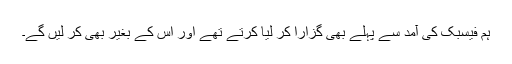
ہم فیسبک کی آمد سے پہلے بھی گزارا کر لیا کرتے تھے اور اس کے بغیر بھی کر لیں گے۔